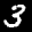
Label: 3